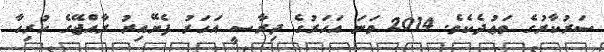
ސަރުކާރުގެ ވަޢުދެކެވެ. 2014 ވަނަ އަހަރުގެ ދިރާސީ އަހަރު ފެށޭއިރު ރާއްޖޭގެ ހުރިހާ